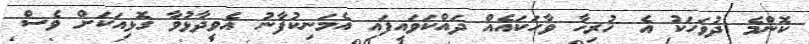
ކޮންމެ ދުވަހަކު އެ ހުރިހާ ވާހަކައެއް ދައްކަވައިފައި އެމަނިކުފާނު އެވިދާޅުވާ ގޮޅިއަކަށް ވެސް